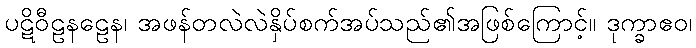
ပဋိဝီဠနဠေန၊ အဖန်တလဲလဲနှိပ်စက်အပ်သည်၏အဖြစ်ကြောင့်။ ဒုက္ခာဧဝ၊